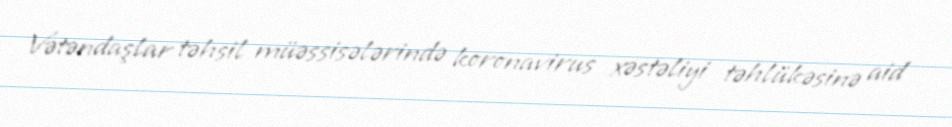
Vətəndaşlar təhsil müəssisələrində koronavirus xəstəliyi təhlükəsinə aid